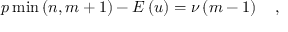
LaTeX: p \operatorname * { m i n } \left( n , m + 1 \right) - E \left( u \right) = \nu \left( m - 1 \right) \quad ,